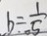
b = \frac { 1 } { 5 }